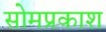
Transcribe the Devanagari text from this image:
सोमप्रकाश